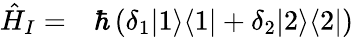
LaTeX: \begin{array}{rl}{\hat{H}_{I}=}&{{}\hbar\left(\delta_{1}|1\rangle\langle 1|+\delta_{2}|2\rangle\langle 2|\right)}\end{array}